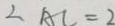
\angle A C = 2